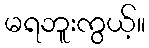
မရဘူးကွယ့်။